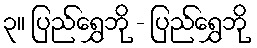
၃။ ပြည်ရွှေဘို - ပြည်ရွှေဘို